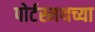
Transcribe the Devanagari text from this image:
पोर्टस्मथच्या